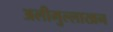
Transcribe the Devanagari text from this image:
अलीमुल्लाखन